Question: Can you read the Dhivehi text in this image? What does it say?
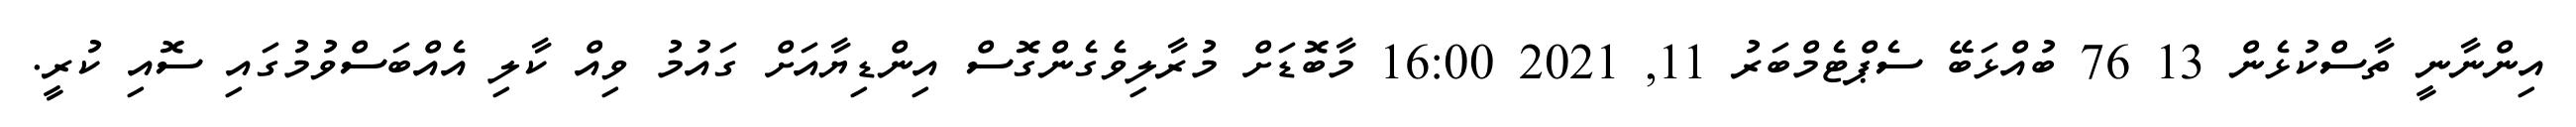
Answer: އިންނާނީ ތާސްކުޅެން 13 76 ބުއްޅަބޭ ސެޕްޓެމްބަރު 11, 2021 16:00 މާބޮޑަށް މުރާލިވެގެންގޮސް އިންޑިޔާއަށް ގައުމު ވިއް ކާލި އެއްބަސްވުމުގައި ސޮއި ކުރީ.